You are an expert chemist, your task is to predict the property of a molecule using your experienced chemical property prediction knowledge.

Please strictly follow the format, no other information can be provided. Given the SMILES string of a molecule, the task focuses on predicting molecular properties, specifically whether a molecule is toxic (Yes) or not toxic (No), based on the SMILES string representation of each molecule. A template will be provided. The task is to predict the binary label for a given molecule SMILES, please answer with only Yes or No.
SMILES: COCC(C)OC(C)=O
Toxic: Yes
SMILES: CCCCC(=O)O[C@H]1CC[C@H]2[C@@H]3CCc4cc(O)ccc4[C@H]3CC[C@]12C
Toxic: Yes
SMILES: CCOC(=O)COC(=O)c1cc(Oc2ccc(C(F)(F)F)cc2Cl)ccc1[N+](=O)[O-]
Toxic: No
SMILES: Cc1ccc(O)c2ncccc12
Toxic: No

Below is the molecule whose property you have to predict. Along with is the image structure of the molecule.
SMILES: CC(/C=C/C=C(\C)C(=O)O[C@@H]1O[C@H](CO[C@@H]2O[C@H](CO)[C@@H](O)[C@H](O)[C@H]2O)[C@@H](O)[C@H](O)[C@H]1O)=C\C=C\C=C(C)\C=C\C=C(/C)C(=O)O[C@@H]1O[C@H](CO[C@@H]2O[C@H](CO)[C@@H](O)[C@H](O)[C@H]2O)[C@@H](O)[C@H](O)[C@H]1O
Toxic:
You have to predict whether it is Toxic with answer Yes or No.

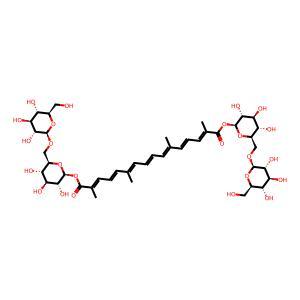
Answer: No